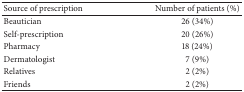
<table><thead><tr><td><b>Source of prescription</b></td><td><b>Number of patients (%) </b></td></tr></thead><tbody><tr><td>Beautician</td><td>26 (34%)</td></tr><tr><td>Self-prescription</td><td>20 (26%)</td></tr><tr><td>Pharmacy</td><td>18 (24%)</td></tr><tr><td>Dermatologist</td><td>7 (9%)</td></tr><tr><td>Relatives</td><td>2 (2%)</td></tr><tr><td>Friends</td><td>2 (2%) </td></tr></tbody></table>